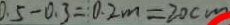
0 . 5 - 0 . 3 = 0 . 2 m = 2 0 c m